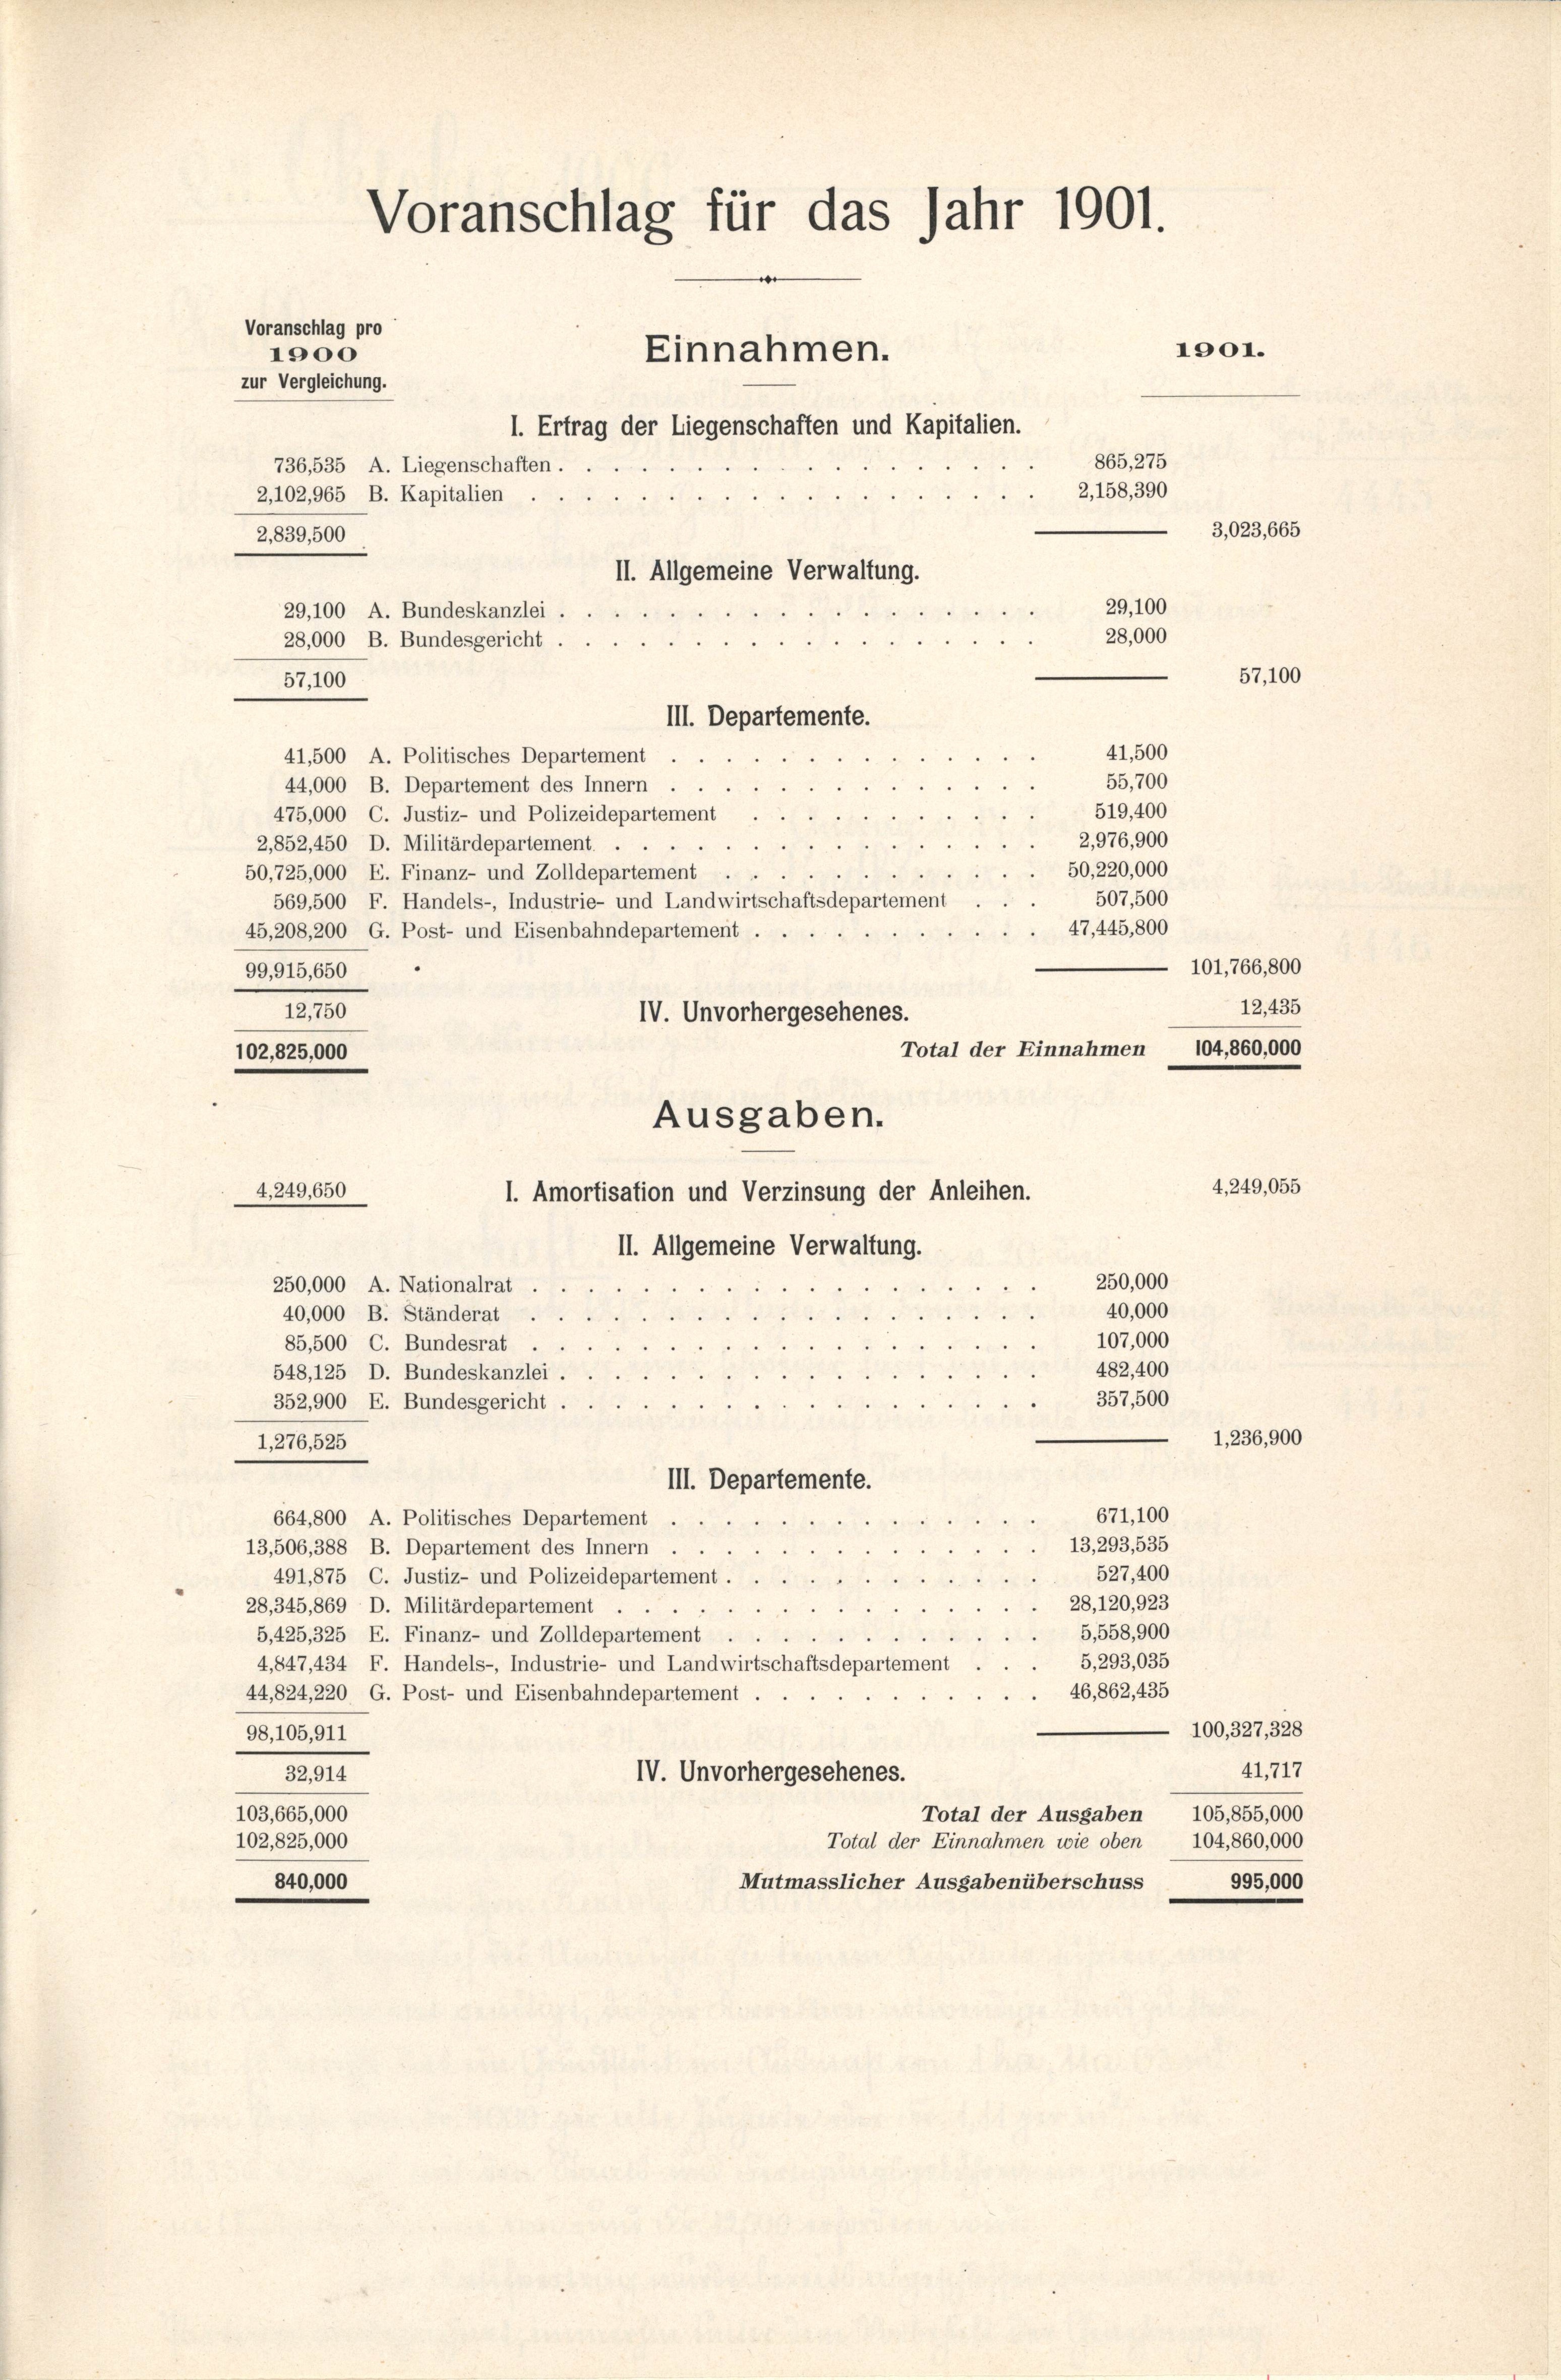
Voranschlag für das Jahr 1901.
Voranschlag pro
1900
Einnahmen.
zur Vergleichung.
1. Ertrag der Liegenschaften und Kapitalien.
865, 275
736,535 A. Liegenschaften.
2,158,390
2,102,965 B. Kapitalien
2,839,500
II. Allgemeine Verwaltung.

29,100
28,000
57,100
41,500
41,500 A. Politisches Departement ....
55,700
“
44,000 B. Departement des Innern . .
8
519,400
475,000 C. Justiz- und Polizeidepartement ...
 2,976,900
2,852, 450 D. Militärdepartement .
50, 220,000
50,725,000 E. Finanz- und Zolldepartement
s
507,500
569,500 F. Handels-, Industrie- und Landwirtschaftsdepartement
.47,445,800
45.208, 200 G. Post- und Eisenbahndepartement . .
99,915,650
12,750
IV. Unvorhergesehenes.
Total der Einnahmen 104,860,000
102,825,000
Ausgaben.
4.249,650
1. Amortisation und Verzinsung der Anleihen.
II. Allgemeine Verwaltung.
250,000
250,000 A. Nationalrat
40,000
40,000 B. Ständerat
107,000
85,500 C. Bundesrat
482,400
548, 125 D. Bundeskanzlei .
357,500
352,900 E. Bundesgericht.
I,276,525
III. Departemente.
671,100
664,800 A. Politisches Departement
13,293,535
13,506, 388 B. Departement des Innern . .
527,400
491,875 C. Justiz- und Polizeidepartement.
28, 120,923
28, 345,869, D. Militärdepartement .
5,558,900
5,425,325 E. Finanz- und Zolldepartement
5,293,035
4,847,434 F. Handels-, Industrie- und Landwirtschaftsdepartement
46,862, 435
44,824, 220 G. Post- und Eisenbahndepartement .
98, 105,911
32,914
IV. Unvorhergesehenes.
103,665,000
Total der Ausgaben
102,825,000
Total der Einnahmen wie oben
840,000
Mutmasslicher Ausgabenüberschuss

29,100 A. Bundeskanzlei .
28,000 B. Bundesgericht.
III. Departemente.

1001.

3,023,665

57,100

101,766,800
12,435

4, 249,055

1, 236,900

100, 327, 328
41,717
105,855,000
104,860,000
995,000